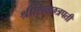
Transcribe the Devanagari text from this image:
श्रीशिवछत्रपती